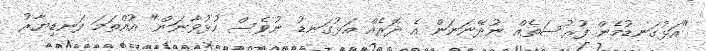
"އަޅުގަނޑުމެން ފުރުސަތެއް ނުދޭނަނަން އެ ދޮރެއް އަޅުގަނޑު ނުވެސް ހުޅުވާނަން" އުއްތަމަ ފަނޑިޔާރު